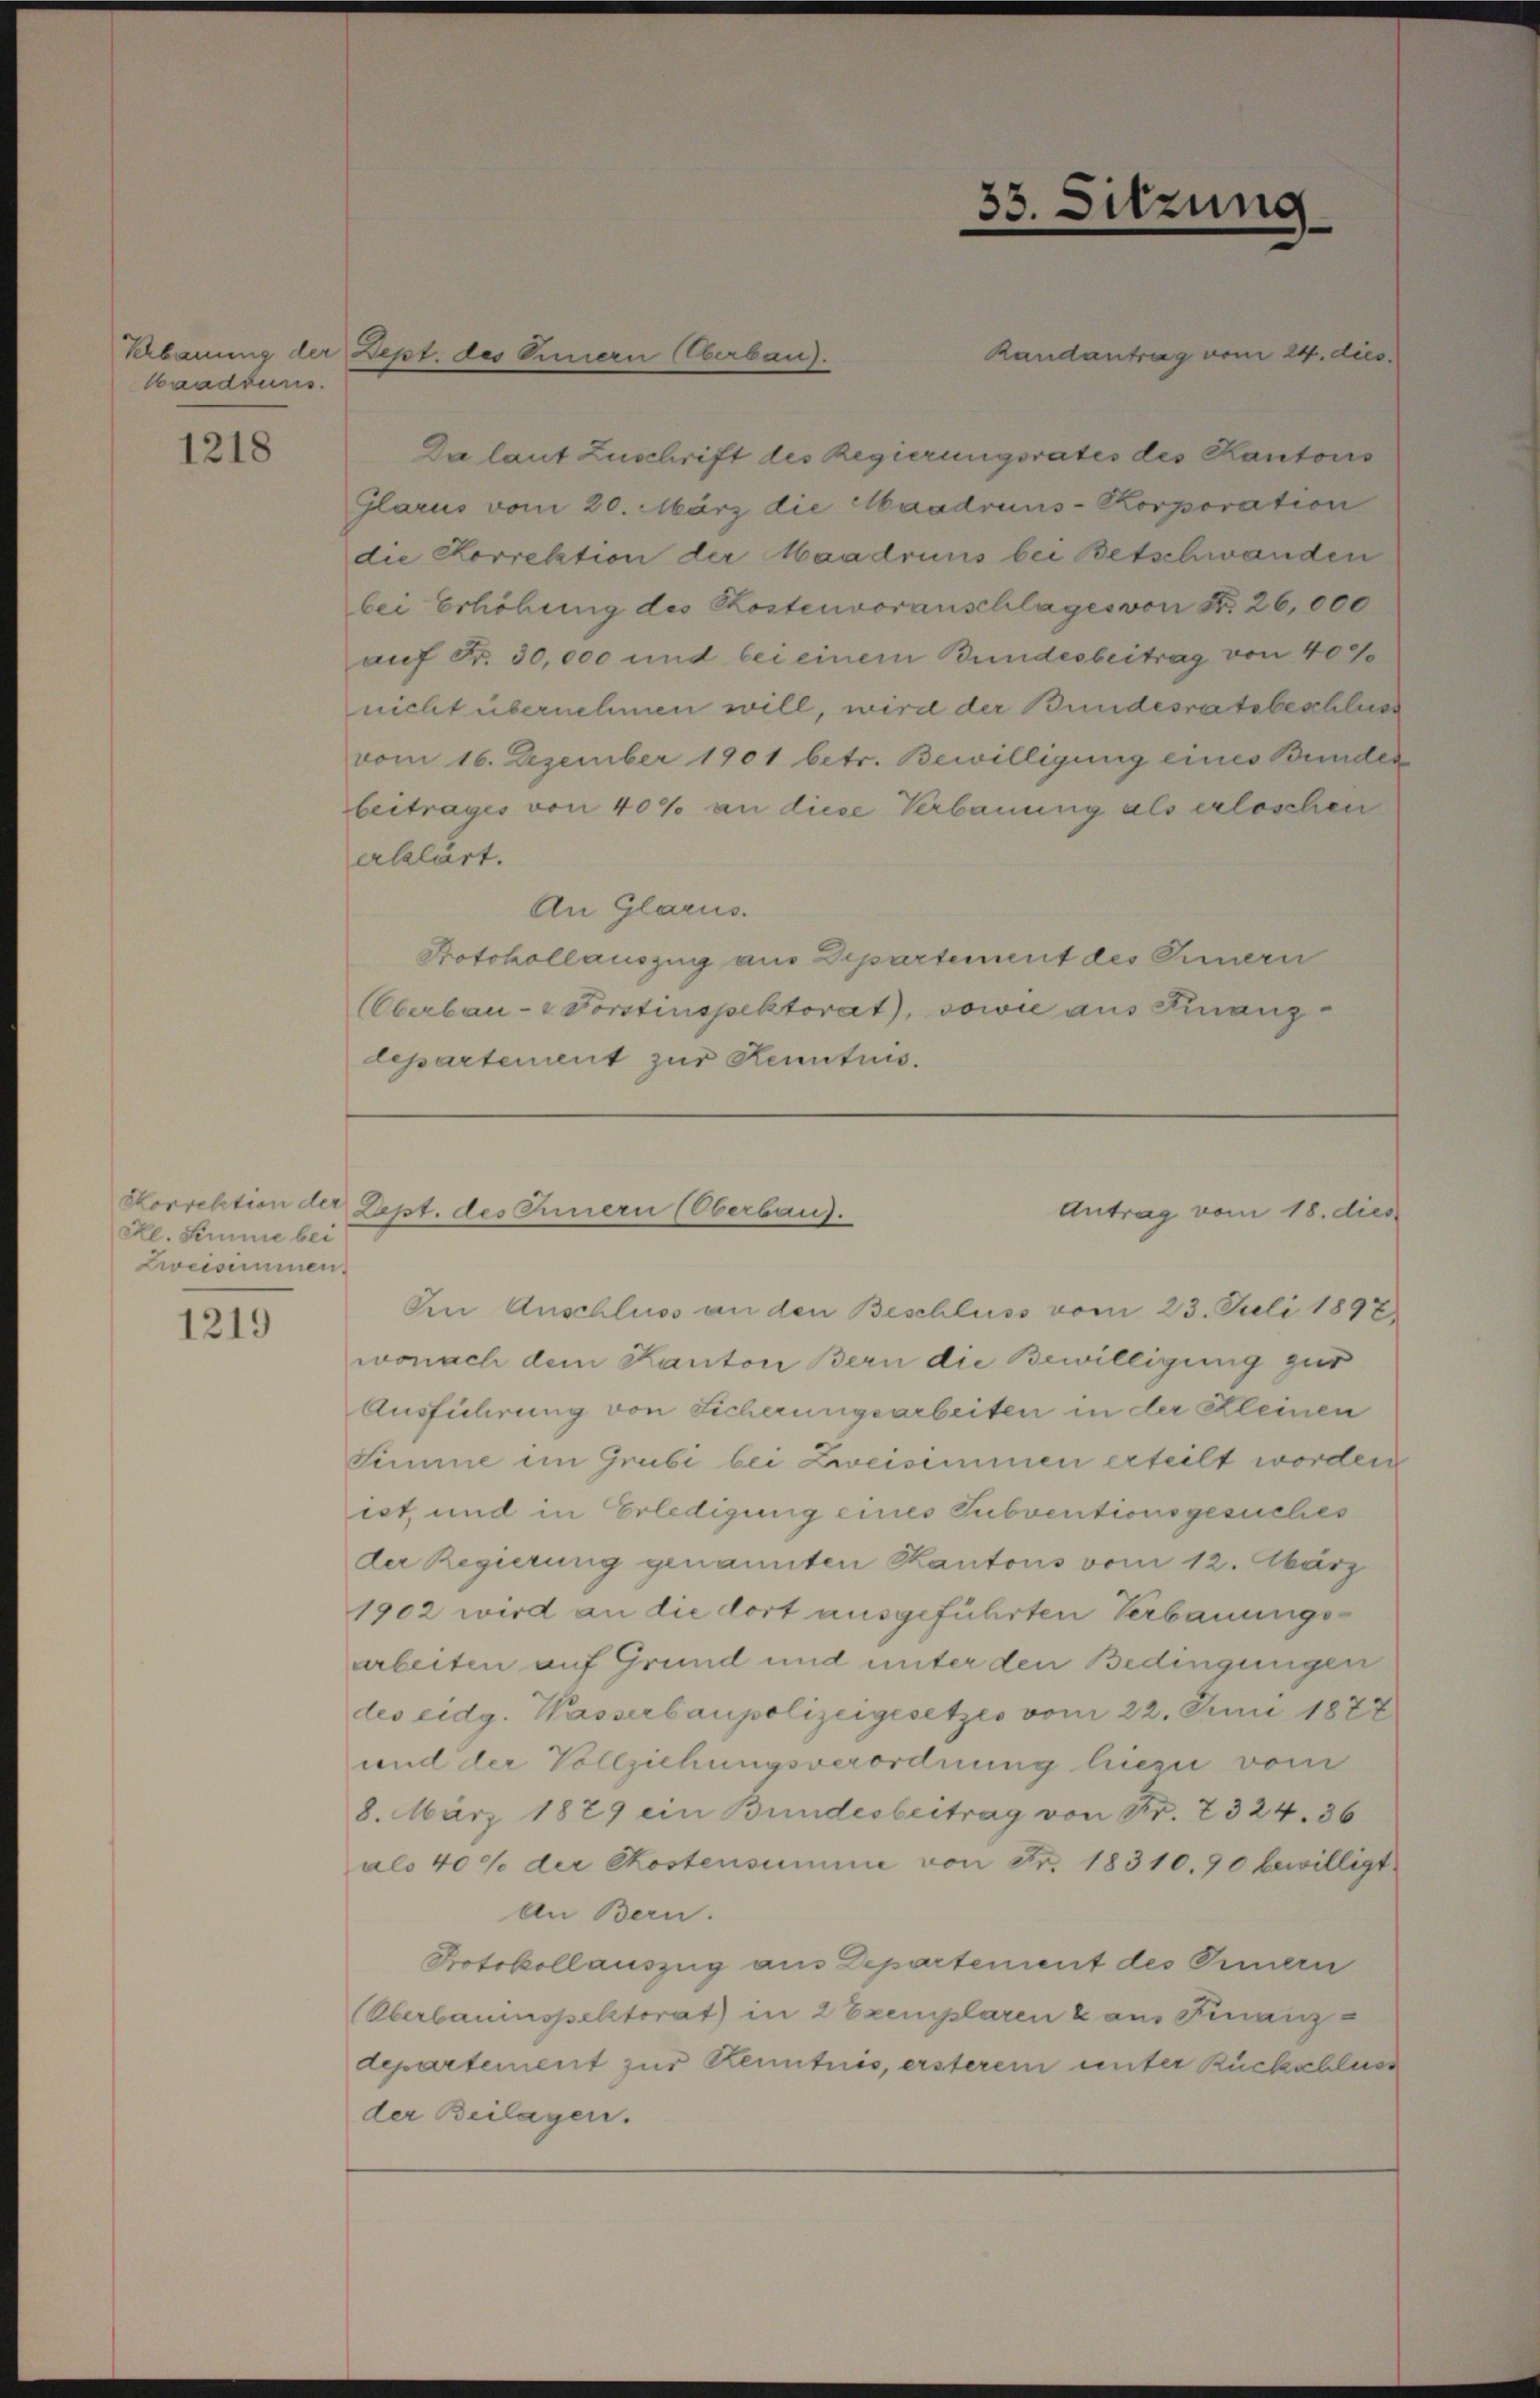
Maadduns.

1218

Hl. Simme bei
Zweisammen.

1219

Schbauung der Dept. des Innern Oberbau).

Horrektion der Pept. des Innern (Oberbaus.

33. Sitzung

Randantrag vom 24. dies
Da laut Zuschrift des Regierungsrates des Kantons
Glarus vom 20. März die Maadruns-Korporation
die Korrektion der Maadruns bei Betschwanden
bei Erhöhung des Kostenvoranschlages von N. 26,000
auf Fr. 30,000 und bei einem Bundesbeitrag von 400
nicht übernehmen will, wird der Bundesratsbeschluss
vom 16. Dezember 1901 betr. Bewilligung eines Bunder
bertrages von 40% an diese Verbauung als erloschen
erklärt.
An Glarus.
Protokollauszug aus Departement des Innern
(Oberbau- & Forstinspektorat), sowie aus Finanzdepartement zur Kenntnis.

Antrag vom 18. dies

In Anschluss an den Beschluss vom 23. Juli 1897
wonach dem Kanton Bern die Bewilligung zur
Ausführung von Sicherungsarbeiten in der Kleinen
Simme im Grubi bei Zweisimmen erteilt worden
ist, und in Erledigung eines Subventionsgesuches
der Regierung genannten Kantons vom 12. März
1902 wird an die dort ausgeführten Verbauungsarbeiten auf Grund und unter den Bedingungen
des eidg. Wasserbaupolizeigesetzes vom 22. Juni 1877
und der Vollziehungsverordnung hiezu vom
8. März 1879 ein Bundesbeitrag von Fr. 2324. 36
alo 40% der Kostensumme von Fr. 18310. 90 bewilligt
An Bern.
Protokollauszug aus Departement des Innern
Oberbauinspektorat) in 2 Exemplaren & aus Finanz
departement zur Kenntnis, ersterem unter Rückschluss
der Beilagen.